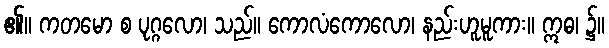
၏။ ကတမော စ ပုဂ္ဂလော၊ သည်။ ကောလံကောလော၊ နည်းဟူမူကား။ ဣဓ၊ ၌။